Annual administration report of the Civil Veterinary Department of India - 1901-1902
Year: 1901
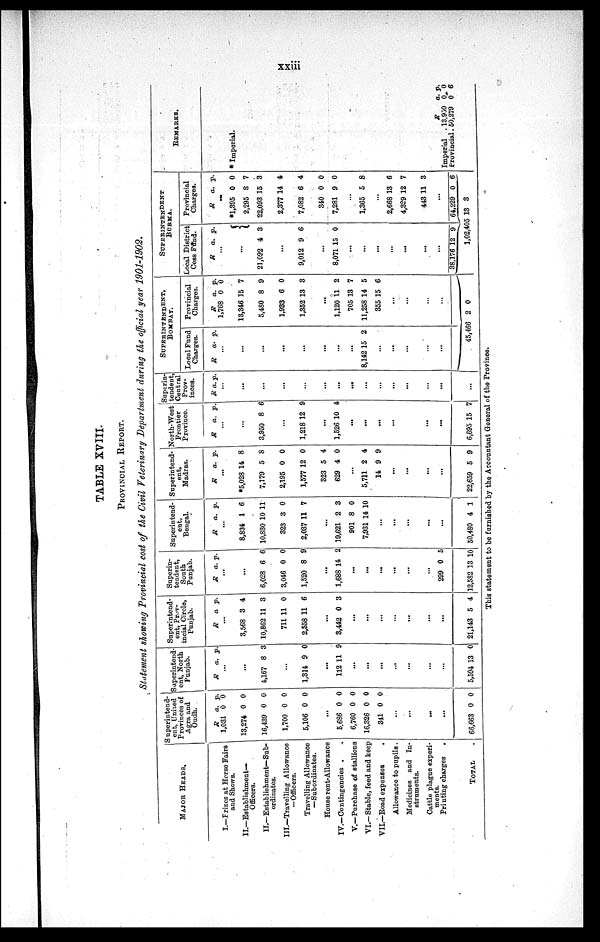
xxiii
TABLE XVIII.
PROVINCIAL REPORT.
Statement showing Provincial cost of the Civil Veterinary Department during the official year 1901-1902.
MAJOR HEADS.
I.—Prizes at Horse Fairs
and Shows.
II.—Establishment-
Officers.
II.—Establishment—Sub-
ordinates.
III.—Travelling Allowance
—Officers.
Travelling Allowance
—Subordinates.
House rent-Allowance
IV.—Contingencies . .
V.—Purchase of stallions
VI.—Stable, feed and keep
VII.—Road expenses .
Allowance to pupils.
Medicines and In-
struments.
Cattle plague experi-
ments.
Printing charges .
TOTAL .
Superintend-
ent, United
Provinces of
Agra and
Oudh.
R
1,031
13,274
16,439
1,700
5,106
a.
0
0
0
0
0
p.
0
0
0
0
0
...
5.686
6,760
16,326
341
0
0
0
0
0
0
0
0
...
...
...
...
66,663 0 0
Superintend.
ent, North
Punjab.
R a. p.
...
...
4,167 8 3
...
1,314 9 0
...
112 11 9
...
...
...
...
...
...
...
5,594 13 0
Superintend-
ent, Prov-
incial Circle,
Punjab.
R a p.
...
3,568
10,862
711
2,558
3
11
11
11
4
3
0
6
...
3,442 0 3
...
...
...
...
.....
...
...
21,143 5 4
Superin-
tendent,
South
Punjab.
R a. p.
...
...
6,028
3,046
1,520
6
0
8
6
0
9
...
1,688 14 2
...
...
...
...
...
...
299 0 5
12,582 13 10
Superintend-
ent,
Bengal.
R a. p.
...
8,834
10,830
323
2,037
1
10
3
11
6
11
0
7
...
19,621
901
7,931
2
8
14
3
0
10
...
...
...
...
...
50,480 4 1
Superintend-
ent,
Madras.
R a. p.
...
*5,028
7,179
2,195
1,577
323
629
14
5
0
12
5
4
8
8
0
0
4
0
...
5,711
14
2
9
4
9
...
...
...
...
22,659 5 9
North-West
Frontier
Province.
R a. p.
...
...
3,950 8 6
...
1,218 12 9
...
1,526 10 4
...
...
...
...
...
...
...
6,695 15 7
Superin-
tendent,
Central
Prov-
inces.
R a. p.
...
...
...
...
...
...
...
...
...
...
...
...
...
.
..
...
SUPERINTENTED,
BOMBAY.
Local Fund
Charges.
R a. p.
...
...
...
...
...
...
...
...
8,142 15 2
.
..
.
..
...
...
..
.
45,466
Provincial
Charges.
R
1,768
13,346
5,480
1,933
1,352
a.
0
15
8
6
13
p.
0
7
9
0
3
...
1,120
705
11,258
355
11
13
14
15
2
7
5
6
...
...
...
...
2 0
SUPERINTENDENT,
BURMA.
Local District
Cess Fund.
R a. p.
...
...
21,092 4 3
...
9,012 9 6
...
8,071 15 0
...
....
...
...
...
...
...
38,176 12 9
1,02,405
Provincial
Charges.
R
...
*1,395
2,295
2,295
2,295
22,093
2,377
7,082
340
7,281
a.
0
8
8
8
15
14
6
0
9
p.
0
7
7
7
3
4
4
0
0
...
1,365 5 8
...
2,668
4,329
443
...
64,229
13
13
12
11
0
6
7
3
6
3
REMARKS.
* Imperial.
Imperial .
Provincial .
R
13,930
50,279
a.
0
0
p.
0
6
This statement to be furnished by the Accountant General of the Province.